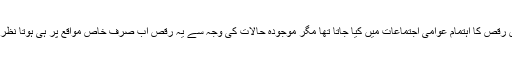
پہلے اس رقص کا اہتمام عوامی اجتماعات میں کیا جاتا تھا مگر موجودہ حالات کی وجہ سے یہ رقص اب صرف خاص مواقع پر ہی ہوتا نظر آتا ہے ۔